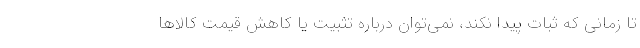
تا زمانی که ثبات پیدا نکند، نمی‌توان درباره تثبیت یا کاهش قیمت کالاها